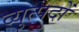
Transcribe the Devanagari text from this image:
व्युत्पदों